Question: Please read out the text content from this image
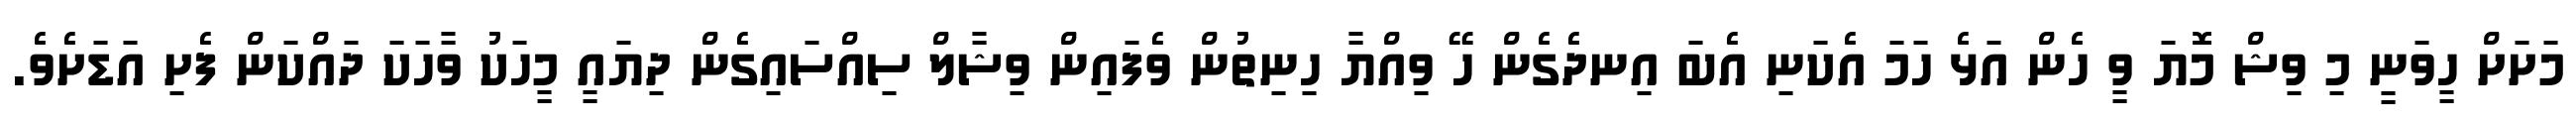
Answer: މަށަށް ހީވަނީ މި ވިޝް މޮޔަ ވީ ހެން އަޅެ ހަމަ އެކަނި އެބަ އިނދެގެން ހޭ ވިއްޔާ ހިނިތުން ވެފައިން ވިޝާލް ސިއްސައިގެން ދިޔައީ މީހަކު ވާހަކަ ދައްކަން ފެށި އަޑަށެވެ.